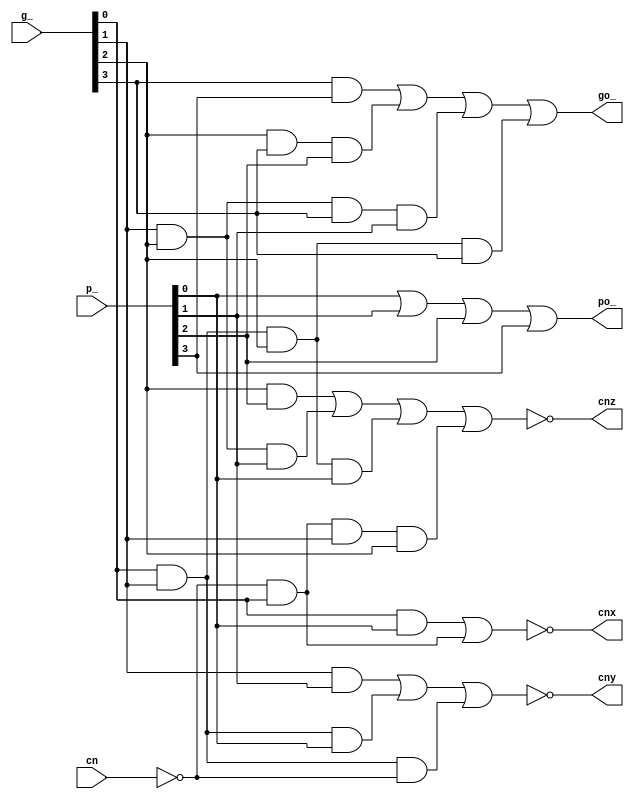
// This code is part of the model collection of AM29xx Bitslice devices
// Copyright (C) 2019  Holger Veit (hveit01@web.de)
//
//    This program is free software; you can redistribute it and/or modify
//    it under the terms of the GNU General Public License as published by
//    the Free Software Foundation; either version 3 of the License, or (at
//    your option) any later version.
//
//    This program is distributed in the hope that it will be useful, but
//    WITHOUT ANY WARRANTY; without even the implied warranty of
//    MERCHANTABILITY or FITNESS FOR A PARTICULAR PURPOSE. See the GNU
//    General Public License for more details.
//
//    You should have received a copy of the GNU General Public License
//    along with this program; if not, see <http://www.gnu.org/licenses/>.
//
//

module am2902(cn, g_, p_,
			  cnx, cny, cnz, go_, po_);
input cn;
input [3:0] g_;
input [3:0] p_;
output cnx, cny, cnz;
output go_, po_;

wire cn_;
wire x1, x2;
wire y1, y2, y3;
wire z1, z2, z3, z4;
wire g1, g2, g3, g4;

not U1(cn_, cn);

and Ux1(x1, g_[0], p_[0]);
and Ux2(x2, cn_, g_[0]);
nor Ux3(cnx, x1, x2);

and Uy1(y1, g_[1], p_[1]);
and Uy2(y2, g_[0], g_[1], p_[0]);
and Uy3(y3, g_[0], g_[1], cn_);
nor Uy4(cny, y1, y2, y3);

and Uz1(z1, g_[2], p_[2]);
and Uz2(z2, g_[1], g_[2], p_[1]);
and Uz3(z3, g_[0], g_[1], g_[2], p_[0]);
and Uz4(z4, cn_, g_[0], g_[1], g_[2]);
nor Uz5(cnz, z1, z2, z3, z4);

and Ug1(g1, g_[3], p_[3]);
and Ug2(g2, g_[2], g_[3], p_[2]);
and Ug3(g3, g_[1], g_[2], g_[3], p_[1]);
and Ug4(g4, g_[0], g_[1], g_[2], g_[3]);
or  Ug5(go_, g1, g2, g3, g4);

or  Up1(po_, p_[0], p_[1], p_[2], p_[3]);

endmodule